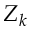
Z _ { k }